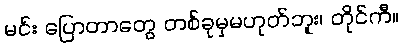
မင်း ပြောတာတွေ တစ်ခုမှမဟုတ်ဘူး၊ တိုင်ကီ။